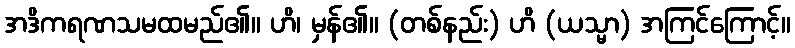
အဒိကရဏသမထမည်၏။ ဟိ၊ မှန်၏။ (တစ်နည်း) ဟိ (ယသ္မာ) အကြင်ကြောင့်။